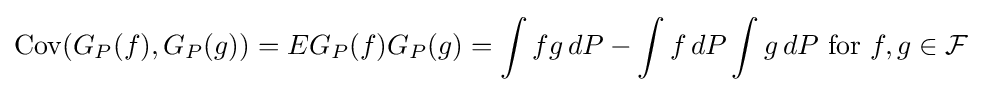
\operatorname {Cov} (G_{P}(f),G_{P}(g))=EG_{P}(f)G_{P}(g)=\int fg\,dP-\int f\,dP\int g\,dP{\text{ for }}f,g\in {\mathcal {F}}